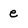
Character: e